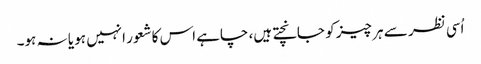
اُسی نظر سے ہر چیز کو جانچتے ہیں، چاہے اس کاشعور انہیں ہو یا نہ ہو۔